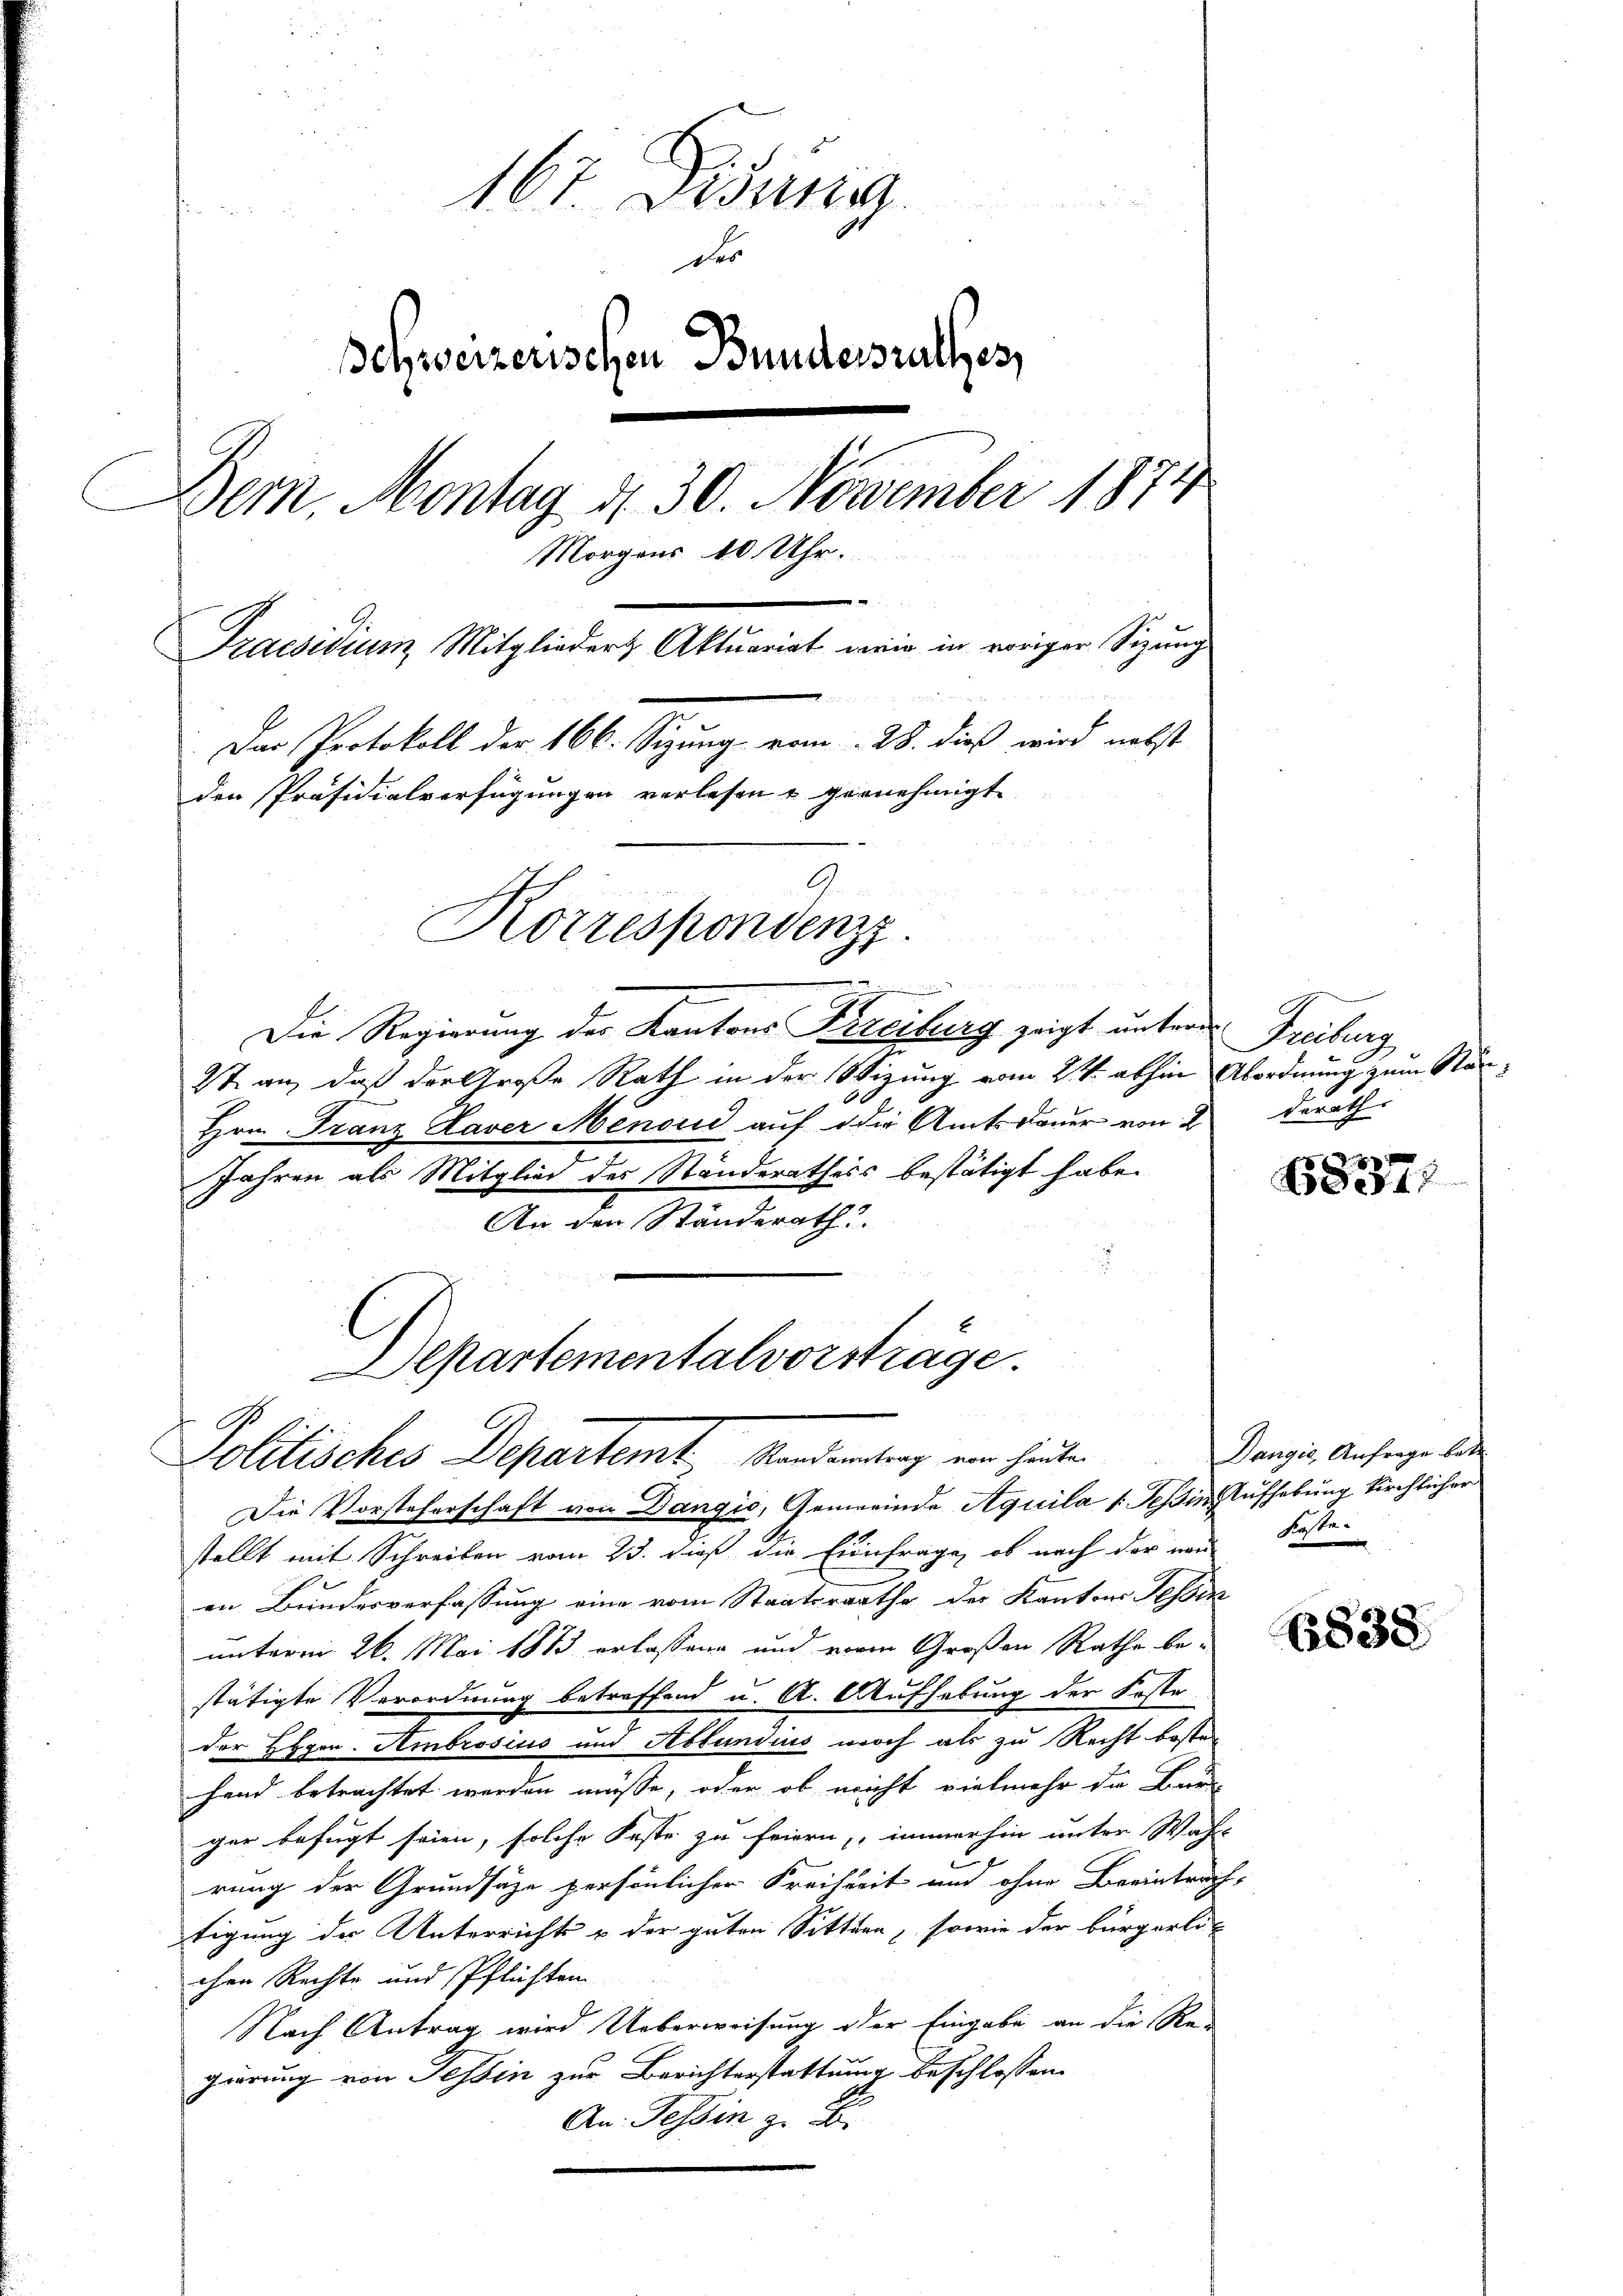
167. Disung
des
Schweizerischen Bundesrathes
Bern, Montag d. 30. November 1874
Morgens 10 Uhr.
1
Praesidium Mitglieder Aktuariat worin in voriger Sitzung
Das Protokoll der 166. Sizung vom 28. dieß wird nebst
den Präsidialverfügungen verlesen u gernehmigt
Korrespondenz.

Die Regierung der Kantons Kreiburg zeigt unter Freiburg
2t an, daß der Große Rath in der Wizung vom 2ten abhin Abordnung zum Stän¬
Hrn. Franz Laver Menoud aŭf die Amtsdaŭer von 2. derath
I
Jahren als Mitglied des Ständerathess bestätigt habe.
An den Ständerath

Departementalvorsträge.
Politisches Departamt Manderung ein heuten

Die Vorsteherschaft von Dangio, Gemeinde Aquila 1. Tessin Aufhebung kirchlicher
stellt mit Schreiben vom 23. dieß die Einfrage, ob nach der nach Koste
en Bundesverfassung eine vom Staatsrathe der Kantons Tessik
unterm 26. Mai 1883 erlassene und vor Großen Rathe bestätigte Verordnung betreffend u. A. Aufhebung der Feste
der Hagen. Ambrosisis und Abkundius noch als zu Recht beste
hand betrachtet werden müsse, oder ob nicht vielmehr da Bau
ger befugt seien, solche Faste zu feiern, immerhin unter Wahl
rung der Grundsätze persönlicher Freiheit und ohne Beeintrach-
tigung der Unterrichts u der guten Sitten, sowie der bürgerli
chen Rechte und Pflichten
Nach Antrag wird Ueberweisung oder Eingabe an die Re-
gierung von Tessin zur Berichterstattung beschlossen
An. Tessin zu

68371

Dangić, Anfrage betr.

(838